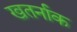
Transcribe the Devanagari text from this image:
खतर्नाक